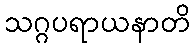
သဂ္ဂပရာယနာတိ